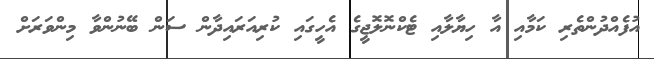
އުފެއްދުންތެރި ކަމާއި އާ ހިޔާލާއި ޓެކްނޮލޮޖީގެ އެހީގައި ކުރިއަރައިދާން ސަން ބޭނުންވާ މިންވަރަށް